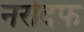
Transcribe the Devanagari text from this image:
नरोदफ